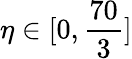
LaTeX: \eta\in[0,\frac{70}{3}]